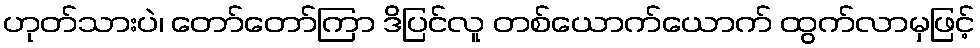
ဟုတ်သားပဲ၊ တော်တော်ကြာ ဒိပြင်လူ တစ်ယောက်ယောက် ထွက်လာမှဖြင့်